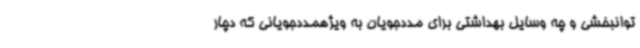
توانبخشی و چه وسایل بهداشتی برای مددجویان به ویژهمددجویانی که دچار